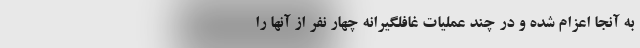
به آنجا اعزام شده و در چند عملیات غافلگیرانه چهار نفر از آنها را